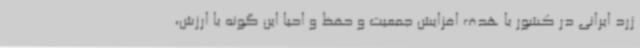
زرد ایرانی در کشور با هدف افزایش جمعیت و حفظ و احیا این گونه با ارزش،